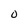
Character: O